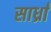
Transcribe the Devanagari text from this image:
सार्ध्रां